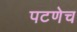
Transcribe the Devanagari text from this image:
पटणेच